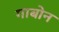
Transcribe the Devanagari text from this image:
गाबोन